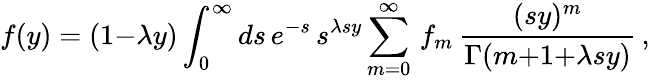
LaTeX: f(y)=(1{-}\lambda y)\int_{0}^{\infty}ds\, e^{-s}\, s^{\lambda sy}\sum_{m=0}^{\infty}\, f_{m}\, {\frac{(sy)^{m}}{\Gamma(m{+}1{+}\lambda sy)}}\, ,